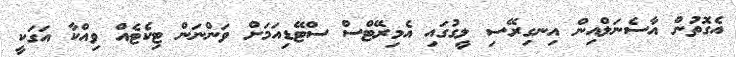
އެގޮތުން އާސެނަލްއިން އިނގިރޭސި ލީގުގައި އެމިރޭޓްސް ސްޓޭޑިއަމަށް ވަންނަން ޓިކެޓެއް ވިއްކާ އަގަކީ